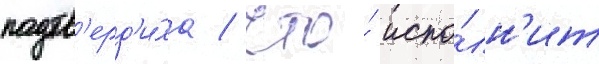
подтв'ерд'и́ла / что́ испо́лн'ит